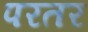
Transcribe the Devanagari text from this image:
परतर